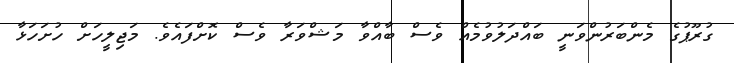
ގުރޫޕުގެ މެންބަރުންވަނީ ބައްދަލުވުމެއް ވެސް ބާއްވާ މަޝްވަރާ ވެސް ކޮށްފައެވެ. މަޖިލީހަށް ހުށަހަޅާ